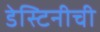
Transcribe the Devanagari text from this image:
डेस्टिनीची